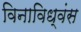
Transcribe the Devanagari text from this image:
विनाविध्वंस